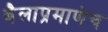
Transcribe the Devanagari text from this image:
बैलाप्रमाणेच